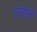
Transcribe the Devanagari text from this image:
लोहाला